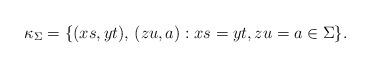
\begin{align*}\kappa_{\Sigma}=\{ (xs,yt),\, (zu,a):xs=yt, zu=a\in \Sigma\}.\end{align*}